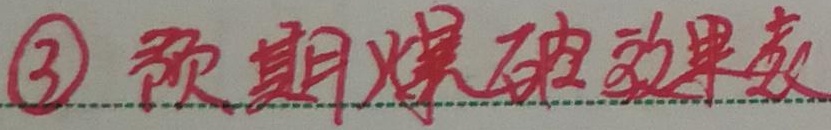
\textcircled{3} 预期爆破效果表